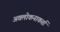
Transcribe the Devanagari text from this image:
अवलोकनाकर्ता